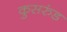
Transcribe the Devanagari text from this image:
कुसरुंड